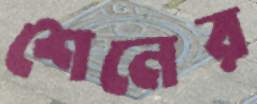
শেনের